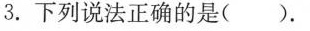
3.下列说法正确的是()。